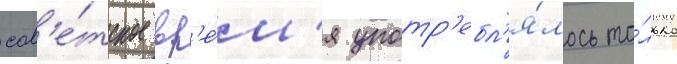
сов'е́тское вр'е́м'я употр'ебл'я́лось то́лько